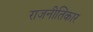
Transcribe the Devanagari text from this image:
राजनीतिकार